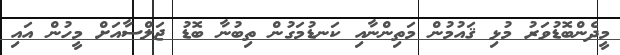
މީދެންބޮޑުވަރު މުޅި ޤައުމުން މަތިންނާއި ކަނޑުމަގުން ތިބުނާ ބޮޑު ޖަލްސާއަށް މީހުން އައި